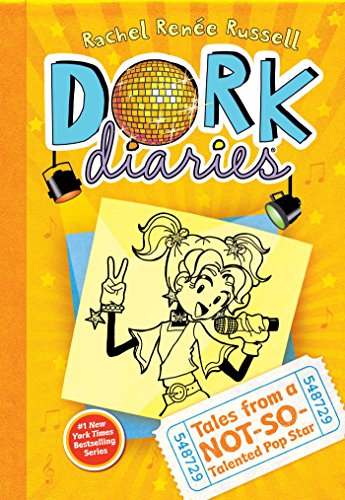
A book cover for Tales from a Not-So-Talented Pop Star (Dork Diaries #3); Rachel RenÃ©e Russell; Children's Books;